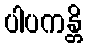
ပါပကန္တိ